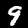
Label: 9